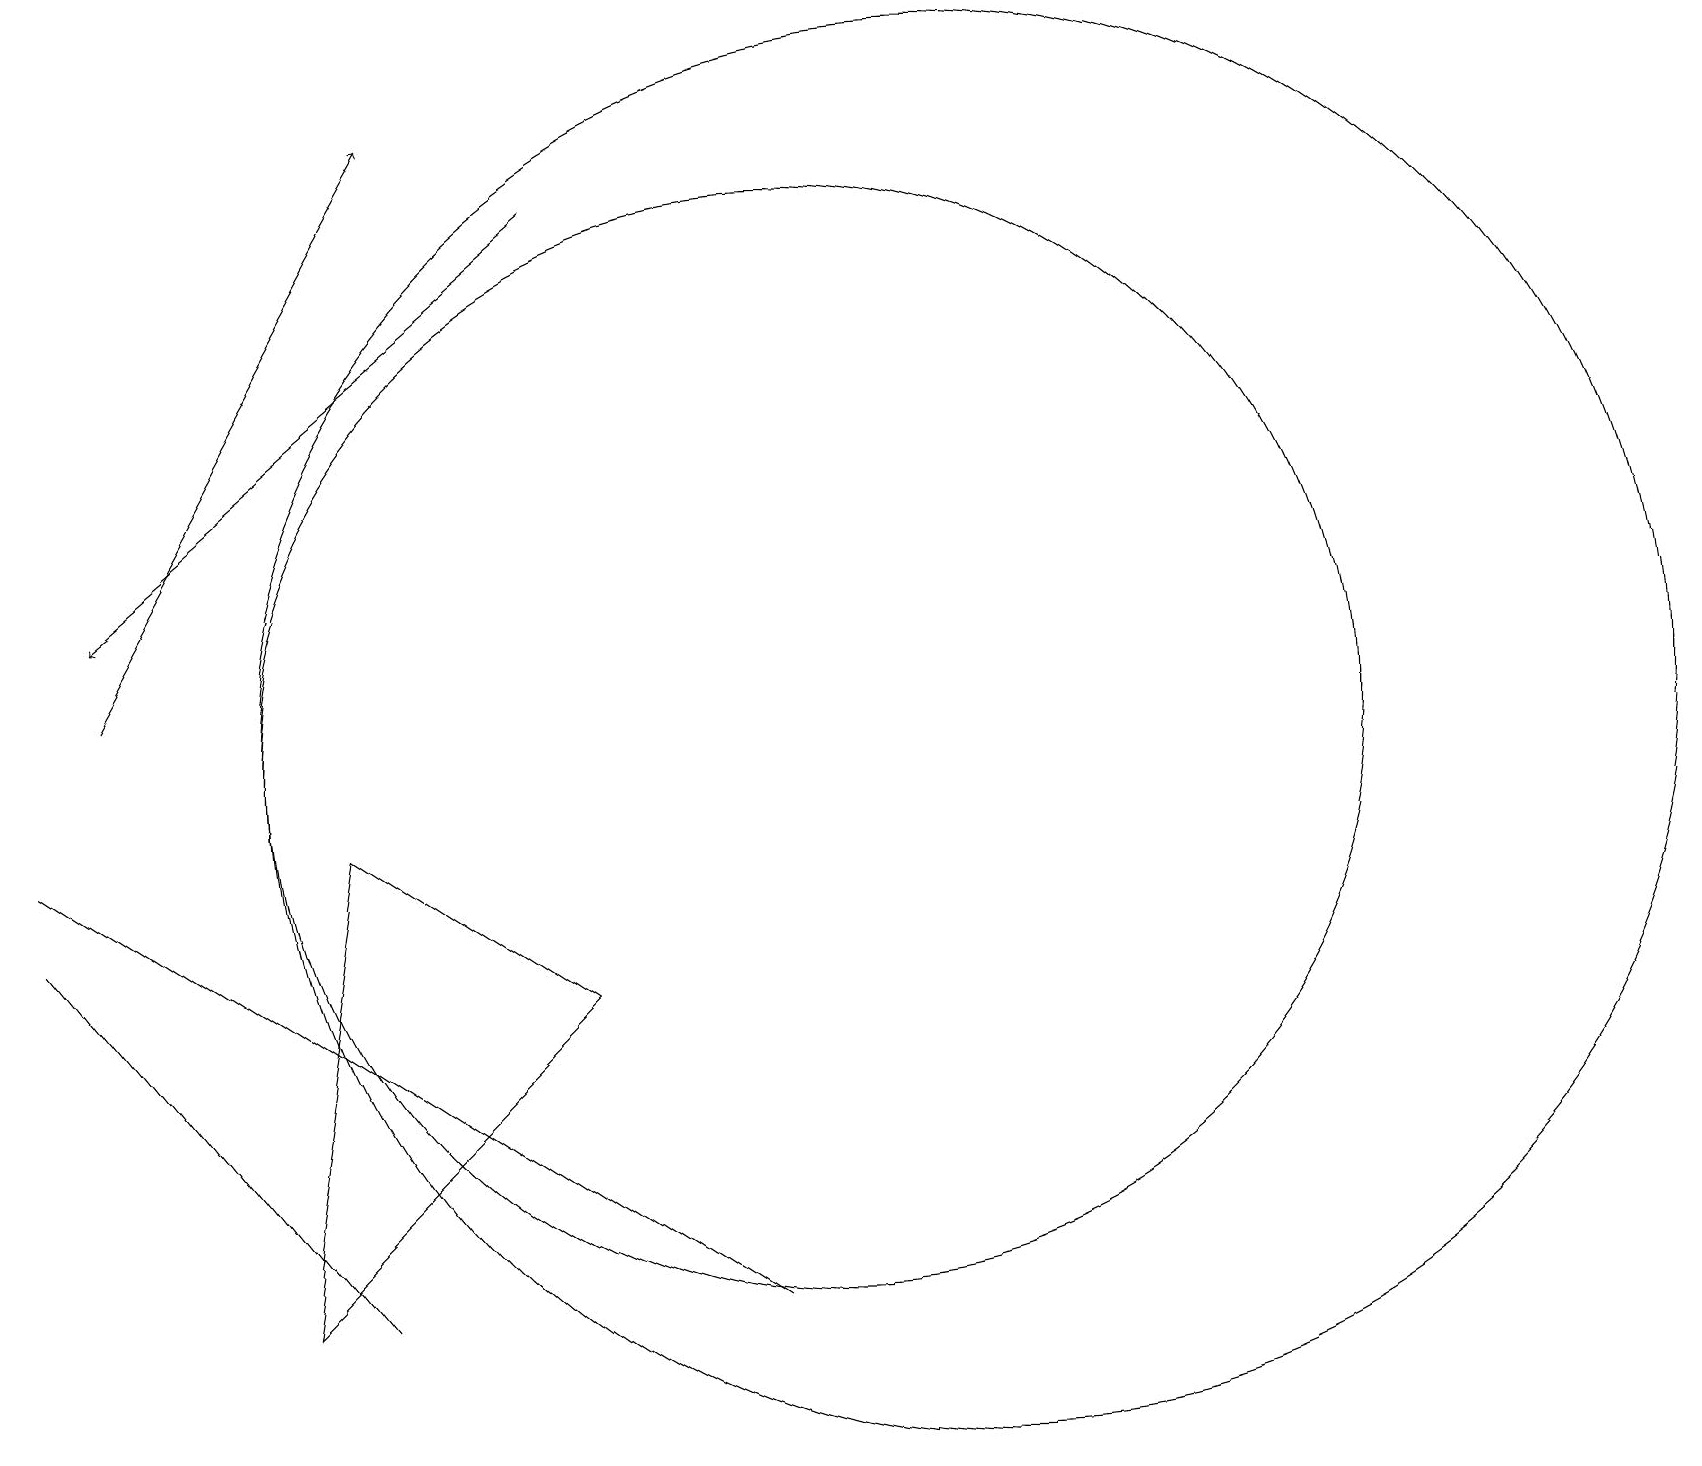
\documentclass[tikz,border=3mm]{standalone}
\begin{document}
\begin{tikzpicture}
\draw[->] (1,11) -- (5,18);
\draw (10,10) circle (7);
\draw (7,7) -- (3,3) -- (4,9) -- cycle;
\draw (0,9) -- (9,3) -- (6,5) -- cycle;
\draw[->] (7,17) -- (1,12);
\draw (12,10) circle (9);
\draw (0,8) -- (0,8) -- (4,3) -- cycle;
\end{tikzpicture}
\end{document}